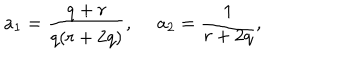
LaTeX: a _ { 1 } = \frac { q + r } { q ( r + 2 q ) } , ~ ~ a _ { 2 } = \frac { 1 } { r + 2 q } ,